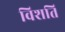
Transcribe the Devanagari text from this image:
विशति